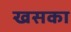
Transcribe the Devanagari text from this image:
खसका